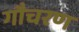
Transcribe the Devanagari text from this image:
गौचरण